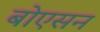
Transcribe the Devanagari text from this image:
बोएसन